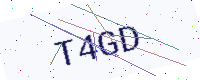
Text: T4GD